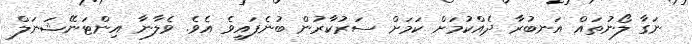
ނަގާ ލޯނުތައް އަނބުރާ ދެއްކުމަށް ކަމަށް ސަރުކާރުން ބުނެފައިވެ އެވެ. ވެލާނާ އިންޓަނޭޝަނަލް